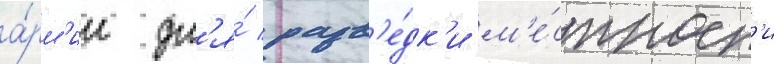
а́рм'ии дл'я́ разв'е́дк'и м'е́стност'и